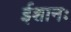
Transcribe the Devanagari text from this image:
ईशानः